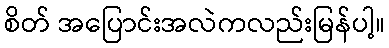
စိတ် အပြောင်းအလဲကလည်းမြန်ပါ့။